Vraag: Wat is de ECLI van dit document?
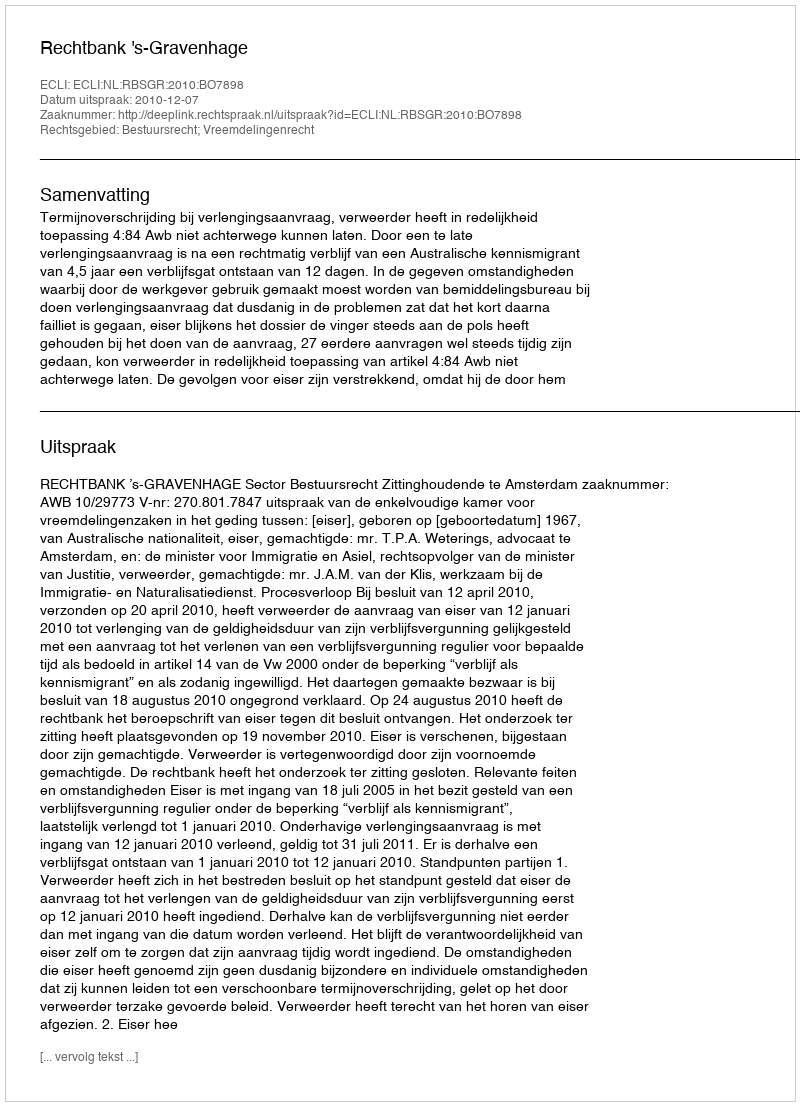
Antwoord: ECLI:NL:RBSGR:2010:BO7898